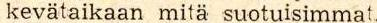
kevätaikaan mitä suotuisimmat.